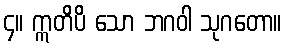
၄။ ဣတိပိ သော ဘဂဝါ သုဂတော။